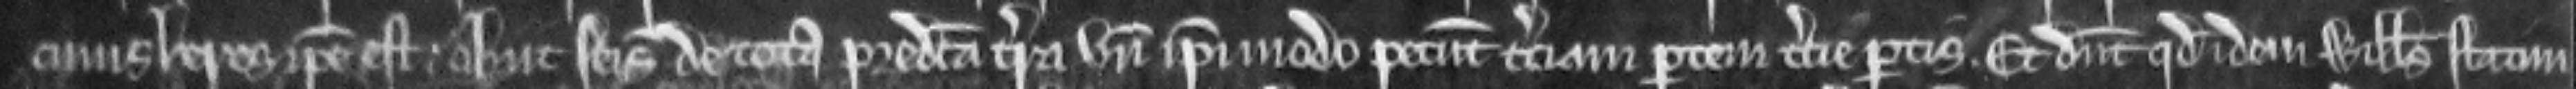
cujus heres ipse est obiit seisitus de tota predicta terra unde ipsi modo petunt terciam partem tercie partis. et dicunt quod idem Willelmus statim